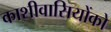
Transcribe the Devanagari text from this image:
काशीवासियोंको